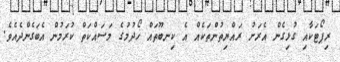
ރިޕޯޓަކާއި ގުޅިގެން އެރަށު ރައްޔިތުންތަކެއް އެ ކިނބޫތައް ހޯދުމުގެ މަސައްކަތް ކުރަމުން އެބަގެންދެއެވެ.